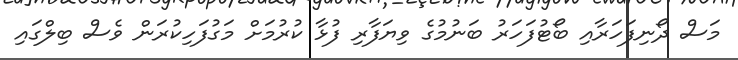
މަސް ދޯނިފަހަރާއި ބޯޓުފަހަރު ބަނުމުގެ ވިޔަފާރި ފުޅާ ކުރުމަށް މަގުފަހިކުރަން ވެސް ބިލްގައި